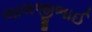
લાલજીભાઈ